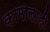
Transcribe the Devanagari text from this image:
कामालाही